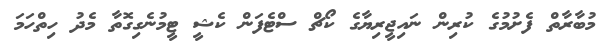
މުބާރާތް ފެށުމުގެ ކުރިން ނައިޖީރިޔާގެ ކޯޗް ސްޓެފަން ކެޝީ ޓީމުނެގިގޮތާ މެދު ހިތްހަމަ